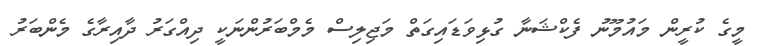
މީގެ ކުރީން މައުމޫނު ފެކްޝަނާ ގުޅިވަޑައިގަތް މަޖިލިސް މެމްބަރުންނަކީ ދިއްގަރު ދާއިރާގެ މެންބަރު